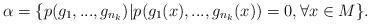
LaTeX: \begin{align*}\alpha = \{p(g_1, ..., g_{n_k})|p(g_1(x), ..., g_{n_k}(x)) = 0, \forall x\in M\}.\end{align*}